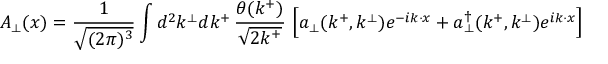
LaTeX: A _ { \perp } ( x ) = { \frac { 1 } { \sqrt { ( 2 \pi ) ^ { 3 } } } } \int d ^ { 2 } k ^ { \perp } d k ^ { + } \, { \frac { \theta ( k ^ { + } ) } { \sqrt { 2 k ^ { + } } } } \, \left[ a _ { \perp } ( k ^ { + } , k ^ { \perp } ) e ^ { - i { k } \cdot { x } } + a _ { \perp } ^ { \dag } ( k ^ { + } , k ^ { \perp } ) e ^ { i { k } \cdot { x } } \right]